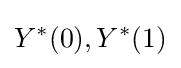
Y^{\ast }(0),Y^{\ast }(1)